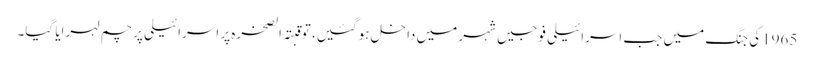
1965کی جنگ میں جب اسرائیلی فوجیں شہر میں داخل ہوگئیں، تو قبتہ الصخرہ پر اسرائیلی پرچم لہرایا گیا۔